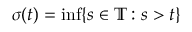
\sigma ( t ) = \operatorname* { i n f } \{ s \in \mathbb { T } : s > t \}